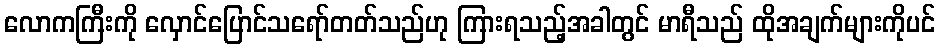
လောကကြီးကို လှောင်ပြောင်သရော်တတ်သည်ဟု ကြားရသည့်အခါတွင် မာရီသည် ထိုအချက်များကိုပင်